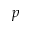
p